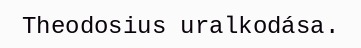
Theodosius uralkodása.